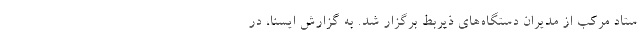
ستاد مرکب از مدیران دستگاه‌های ذیربط برگزار شد. به گزارش ایسنا، در